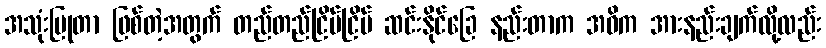
အသုံးပြုတာ ဖြစ်တဲ့အတွက် တည်တည်ငြိမ်ငြိမ် ဆင်းနိုင်ခြေ နည်းတာက အဓိက အားနည်းချက်လို့လည်း